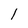
Character: l